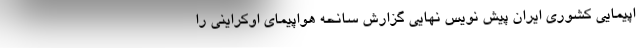
اپیمایی کشوری ایران پیش نویس نهایی گزارش سانحه هواپیمای اوکراینی را